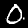
Digit: 0